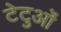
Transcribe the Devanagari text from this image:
टेटुओं